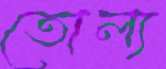
তোল্য